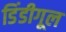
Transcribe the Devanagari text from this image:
डिंडीगूल